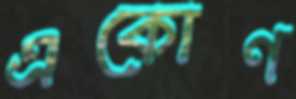
একোণ